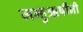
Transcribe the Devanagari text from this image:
जन्हुऋषींनी